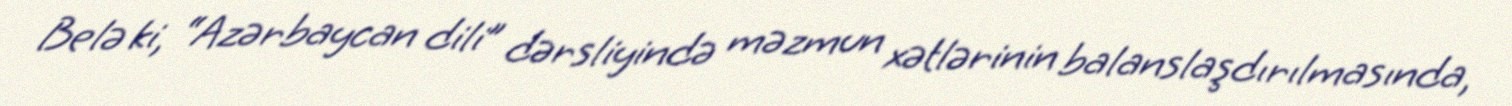
Belə ki, “Azərbaycan dili” dərsliyində məzmun xətlərinin balanslaşdırılmasında,